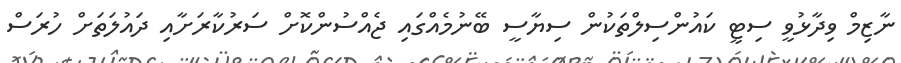
ނާޒިމް ވިދާޅުވީ ސިޓީ ކައުންސިލްތަކުން ސިޔާސީ ބޭނުމެއްގައި ޖެއްސުންކޮށް ސަރުކާރަށާއި ދައުލަތަށް ހުރަސް